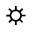
\sun